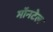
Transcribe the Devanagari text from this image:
मॉनटेल